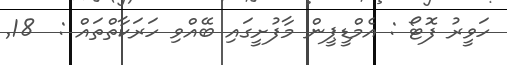
ހަވީރު ފޮޓޯ : އެމްޑީޕީން މާފުށީގައި ބޭއްވި ހަރަކާތްތައް :  18